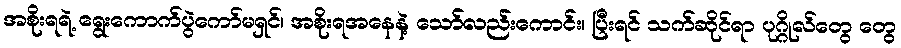
အစိုးရရဲ့ ရွေးကောက်ပွဲကော်မရှင်၊ အစိုးရအနေနဲ့ သော်လည်းကောင်း၊ ပြီးရင် သက်ဆိုင်ရာ ပုဂ္ဂိုလ်တွေ တွေ